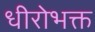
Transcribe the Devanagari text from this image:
धीरोभक्त